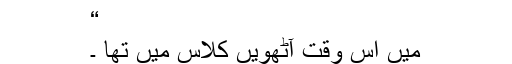
“
میں اس وقت آٹھویں کلاس میں تھا ۔